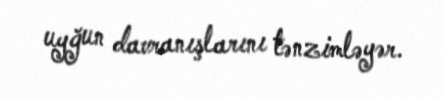
uyğun davranışlarını tənzimləyər.